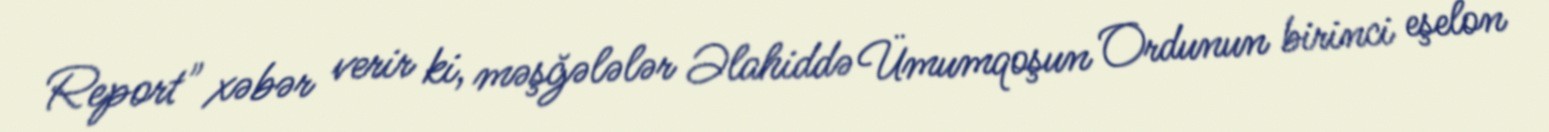
Report" xəbər verir ki, məşğələlər Əlahiddə Ümumqoşun Ordunun birinci eşelon